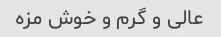
عالی و گرم و خوش مزه